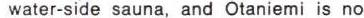
water-side sauna, and Otaniemi is no